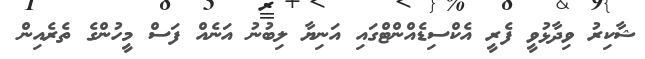
ޝާކިރު ވިދާޅުވީ ފެރީ އެކްސިޑެއްންޓްގައި އަނިޔާ ލިބުނު އަނެއް ފަސް މީހުންގެ ތެރެއިން